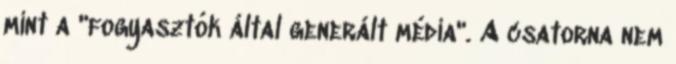
mint a "fogyasztók által generált média". A csatorna nem